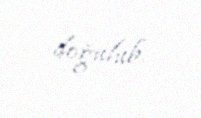
doğulub.